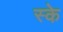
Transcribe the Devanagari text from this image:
स्के